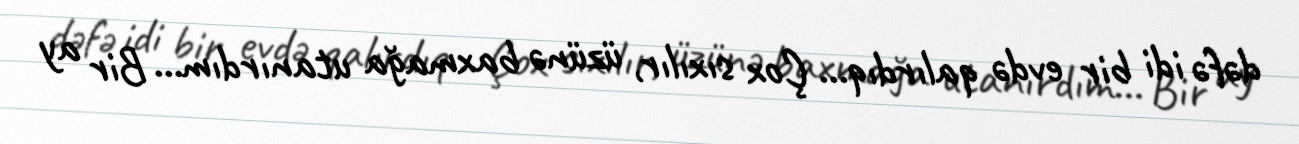
dəfə idi bir evdə qalırdıq... Çox sıxılır, üzünə baxmağa utanırdım... Bir ay